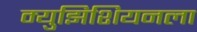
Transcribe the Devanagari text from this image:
म्युझिशियनला